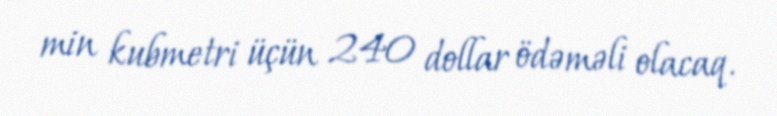
min kubmetri üçün 240 dollar ödəməli olacaq.